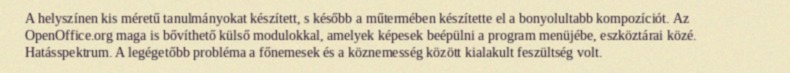
A helyszínen kis méretű tanulmányokat készített, s később a műtermében készítette el a bonyolultabb kompozíciót. Az OpenOffice.org maga is bővíthető külső modulokkal, amelyek képesek beépülni a program menüjébe, eszköztárai közé. Hatásspektrum. A legégetőbb probléma a főnemesek és a köznemesség között kialakult feszültség volt.